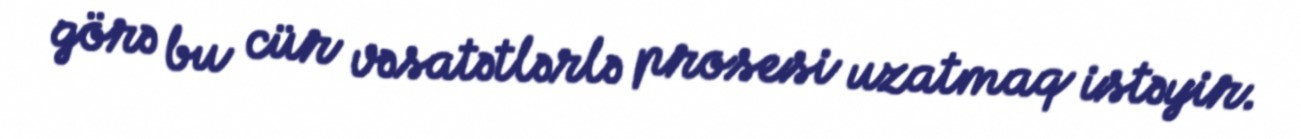
görə bu cür vəsatətlərlə prosesi uzatmaq istəyir.